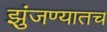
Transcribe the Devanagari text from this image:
झुंजण्यातच